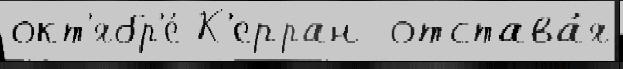
окт'ябр'е́ К'ерран  отстава́я